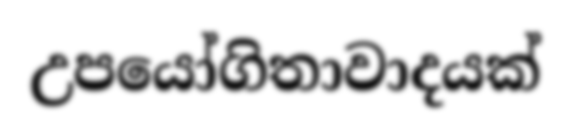
උපයෝගිතාවාදයක්